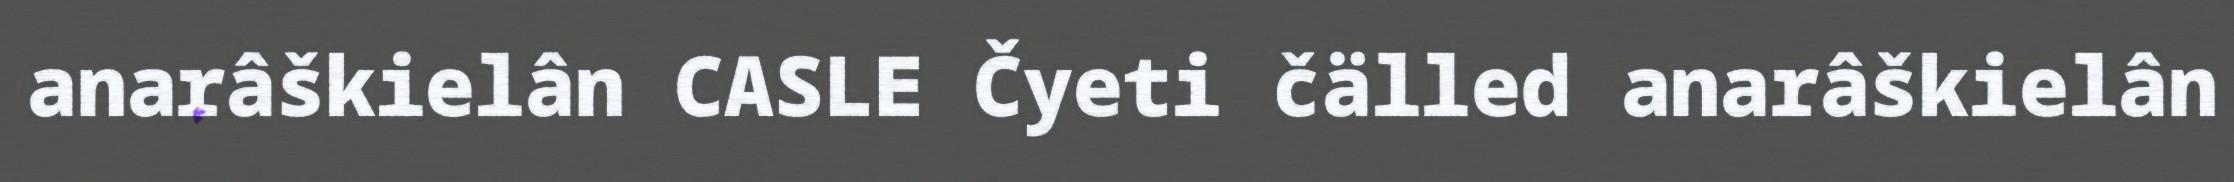
anarâškielân CASLE Čyeti čälled anarâškielân